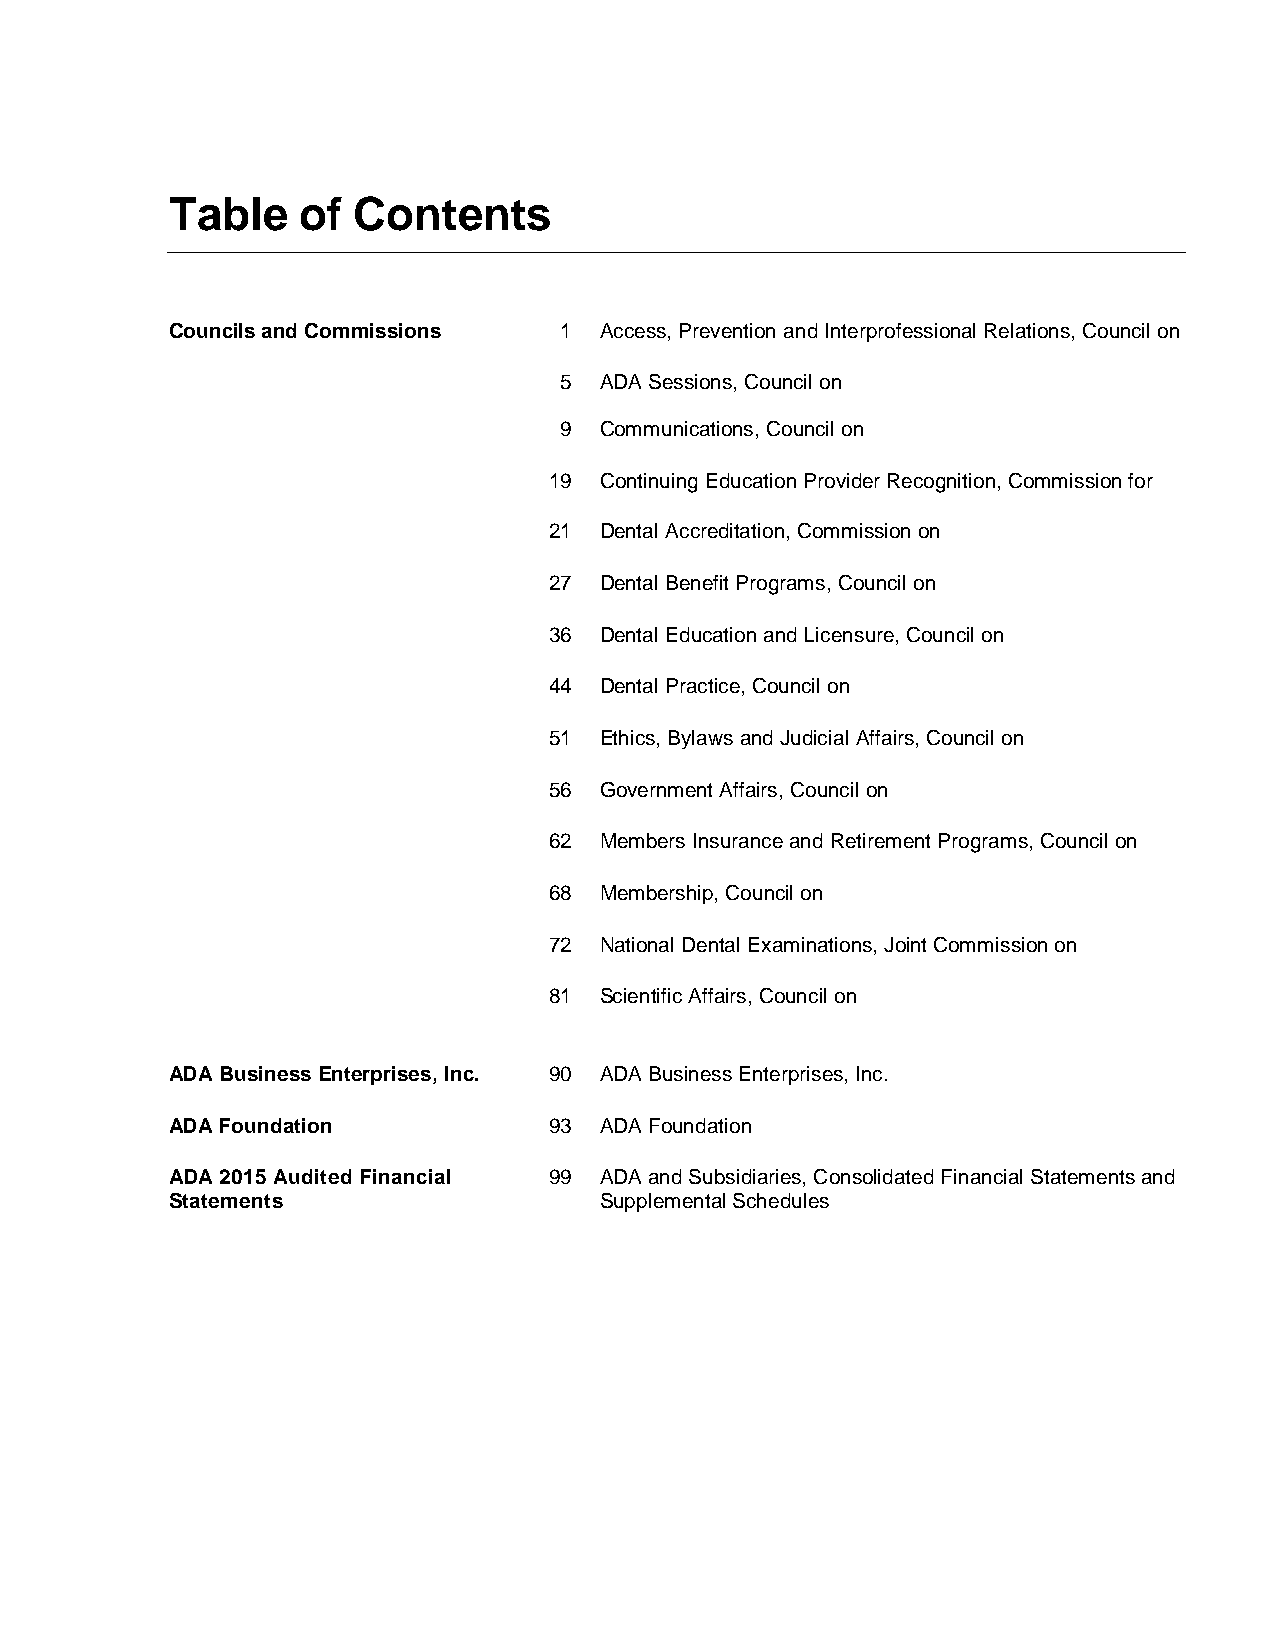
Table    of Contents
 Councils and Commissions  1  Access, Prevention and Interprofessional Relations, Council on
 5  ADA Sessions, Council on
 9  Communications, Council on
 19  Continuing Education Provider Recognition, Commission for
 21  Dental Accreditation, Commission on
 27  Dental Benefit Programs, Council on
 36  Dental Education and Licensure, Council on
 44  Dental Practice, Council on
 51  Ethics, Bylaws and Judicial Affairs, Council on
 56  Government Affairs, Council on
 62  Members Insurance and Retirement Programs, Council on
 68  Membership, Council on
 72  National Dental Examinations, Joint Commission on
 81  Scientific Affairs, Council on
 ADA Business Enterprises, Inc. 90 ADA Business Enterprises, Inc.
 ADA Foundation           93  ADA Foundation
 ADA 2015 Audited Financial 99 ADA and Subsidiaries, Consolidated Financial Statements and
 Statements                   Supplemental Schedules